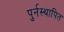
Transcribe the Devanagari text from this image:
पुर्नस्‍थापित